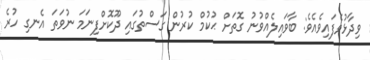
ވިދާޅުވެފައިވެއެވެ: ބާވައިލެއްވުނު ގޮތަށް ޙުކުމް ކުރުން ގަސްތުގައި ދޫކޮށްފިނަމަ ނުވަތަ އެނގި ހުރެ